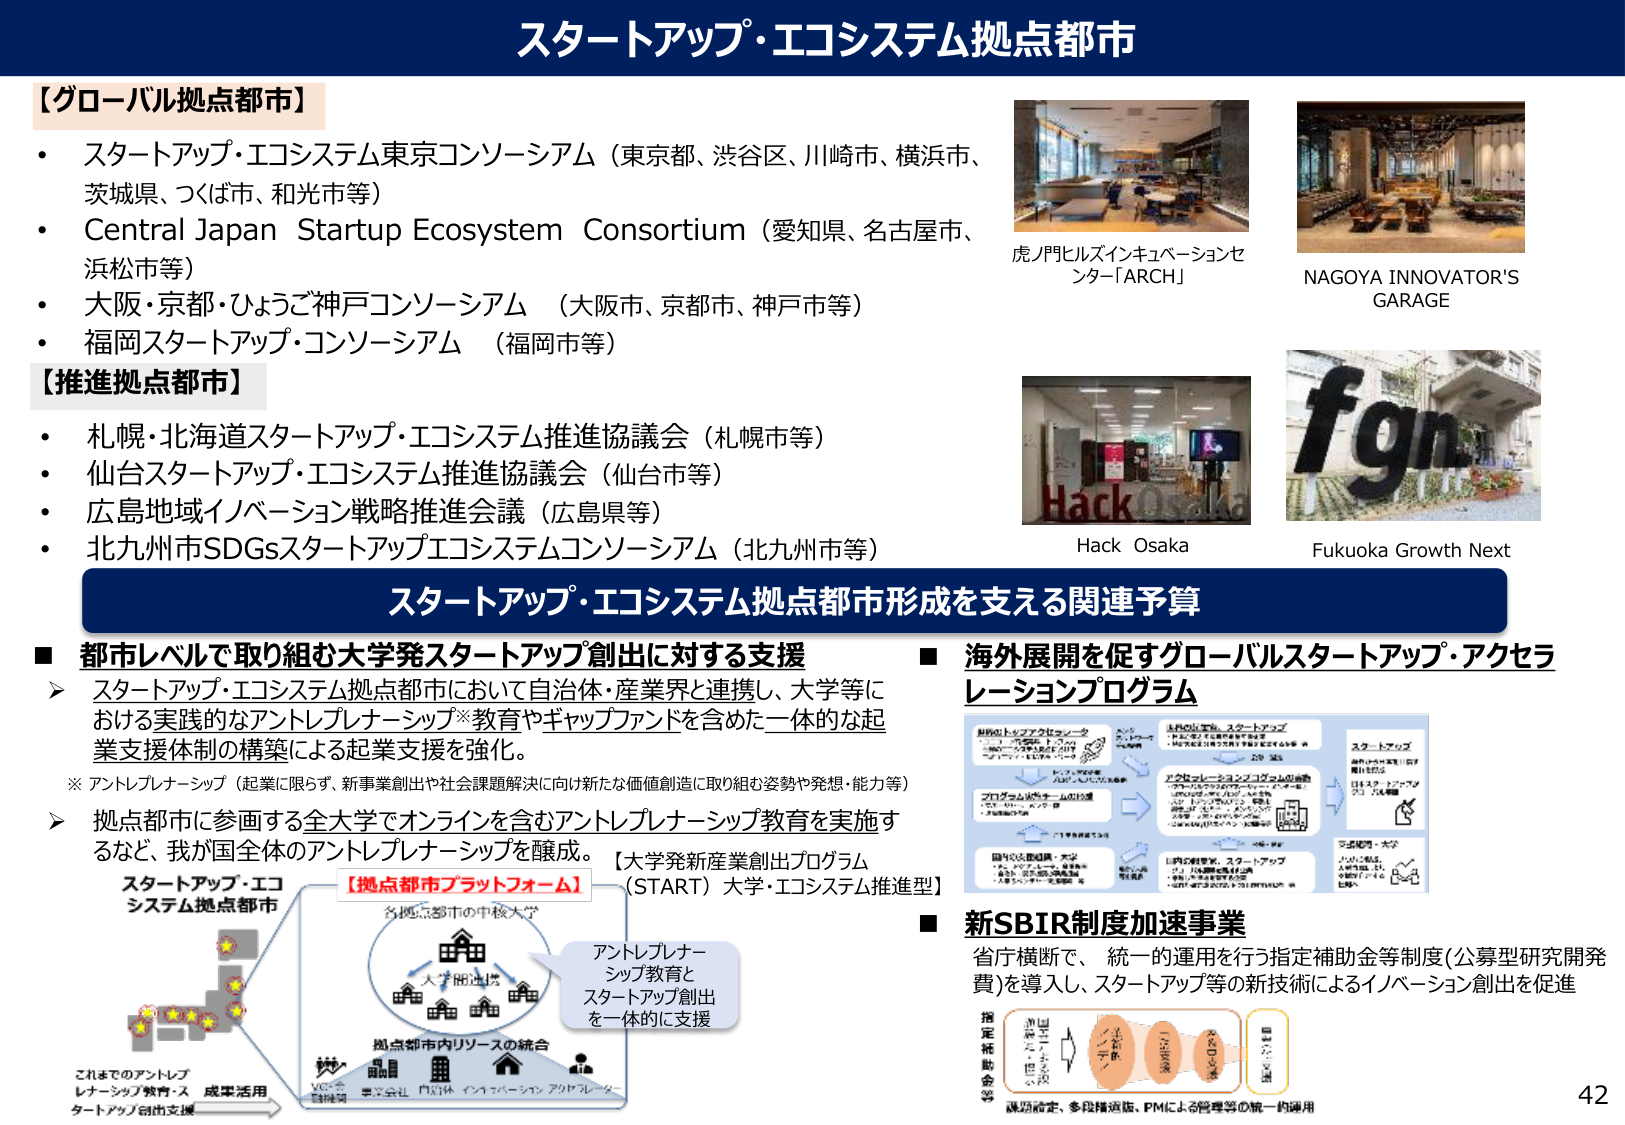
スタートアップ・エコシステム拠点都市

【グローバル拠点都市】
・スタートアップ・エコシステム東京コンソーシアム（東京都、渋谷区、川崎市、横浜市、茨城県、つくば市、和光市等）
・Central Japan Startup Ecosystem Consortium（愛知県、名古屋市、浜松市等）
・大阪・京都・ひょうご神戸コンソーシアム（大阪市、京都市、神戸市等）
・福岡スタートアップ・コンソーシアム（福岡市等）

【推進拠点都市】
・札幌・北海道スタートアップ・エコシステム推進協議会（札幌市等）
・仙台スタートアップ・エコシステム推進協議会（仙台市等）
・広島地域イノベーション戦略推進会議（広島県等）
・北九州市SDGsスタートアップエコシステムコンソーシアム（北九州市等）

虎ノ門ヒルズインキュベーションセンター「ARCH」
NAGOYA INNOVATOR'S GARAGE
Hack Osaka
Fukuoka Growth Next

スタートアップ・エコシステム拠点都市形成を支える関連予算

■ 都市レベルで取り組む大学発スタートアップ創出に対する支援
▶ スタートアップ・エコシステム拠点都市において自治体・産業界と連携し、大学等における実践的なアントレプレナーシップ※教育やギャップファンドを含めた一体的な起業支援体制の構築による起業支援を強化。
※ アントレプレナーシップ（起業に限らず、新事業創出や社会課題解決に向け新たな価値創造に取り組む姿勢や発想・能力等）
▶ 拠点都市に参画する全大学でオンラインを含むアントレプレナーシップ教育を実施するなど、我が国全体のアントレプレナーシップを醸成。【大学発新産業創出プログラム（START）大学・エコシステム推進型】

■ 海外展開を促すグローバルスタートアップ・アクセラレーションプログラム

■ 新SBIR制度加速事業
省庁横断で、統一的運用を行う指定補助金等制度（公募型研究開発費）を導入し、スタートアップ等の新技術によるイノベーション創出を促進

スタートアップ・エコシステム拠点都市
【拠点都市プラットフォーム】
各拠点都市の中核大学
大学間連携
アントレプレナーシップ教育と
スタートアップ創出
を一体的に支援
拠点都市内リソースの統合
VC・金融機関
事業会社
自治体
インキュベーション
アドバイザー
これまでのアントレプレナーシップ教育・スタートアップ創出支援
成果活用

指定補助金等
課題設定、多段階選抜、PMによる管理等の統一的運用

42